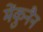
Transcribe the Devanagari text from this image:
मेंकुनैन